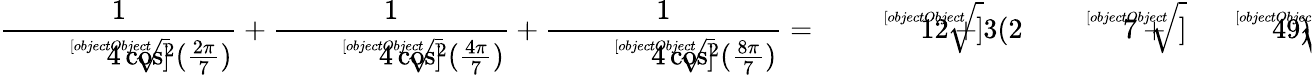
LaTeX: {\frac{1}{\sqrt[[objectObject]]{4\cos^{2}({\frac{2\pi}{7}})}}}+{\frac{1}{\sqrt[[objectObject]]{4\cos^{2}({\frac{4\pi}{7}})}}}+{\frac{1}{\sqrt[[objectObject]]{4\cos^{2}({\frac{8\pi}{7}})}}}={\sqrt[[objectObject]]{12+3(2{\sqrt[[objectObject]]{7}}+{\sqrt[[objectObject]]{49}})}}